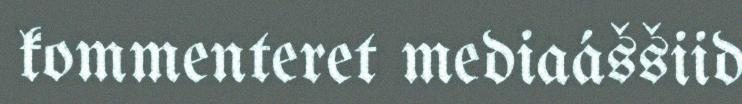
kommenteret mediaáššiid